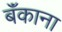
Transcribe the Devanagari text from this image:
बॅंकाना